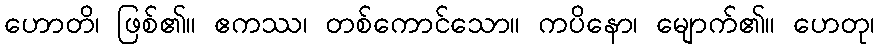
ဟောတိ၊ ဖြစ်၏။ ဧကဿ၊ တစ်ကောင်သော။ ကပိနော၊ မျောက်၏။ ဟေတု၊